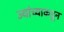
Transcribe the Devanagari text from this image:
ज्यांच्याकडून